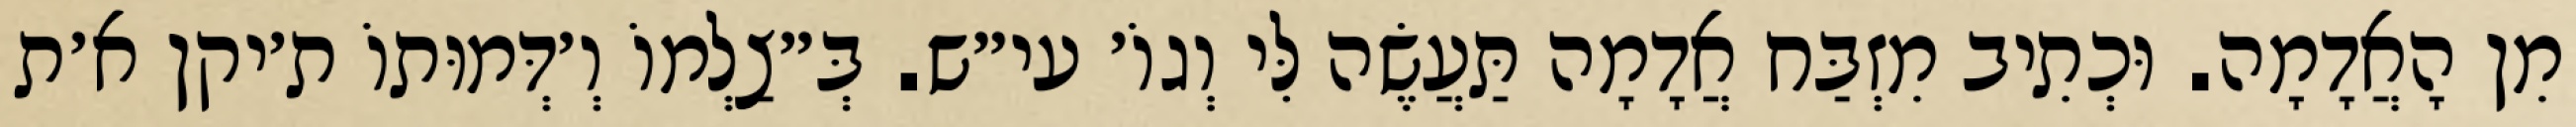
מִן הָאֲדָמָה. וּכְתִיב מִזְבַּח אֲדָמָה תַּעֲשֶׂה לִּי וְגוֹ׳ עי״ש. בְּ״צַלְמוֹ וְ׳דְּמוּתוֹ ת׳יקן א׳ת